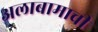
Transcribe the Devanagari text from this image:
अलाबामाची